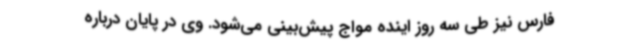
فارس نیز طی سه روز اینده مواج پیش‌بینی می‌شود. وی در پایان درباره